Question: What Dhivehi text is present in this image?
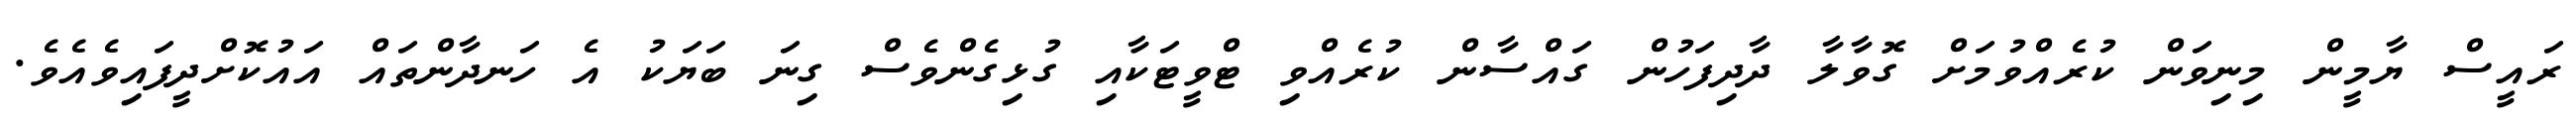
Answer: ރައީސް ޔާމީން މިނިވަން ކުރެއްވުމަށް ގޮވާލާ ދާދިފަހުން ގައްސާން ކުރެއްވި ޓްވީޓަކާއި ގުޅިގެންވެސް ގިނަ ބަޔަކު އެ ހަނދާންތައް އައުކޮށްދީފައިވެއެވެ.